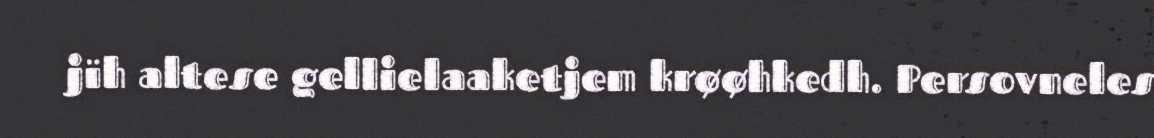
jïh altese gellielaaketjem krøøhkedh. Persovneles